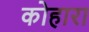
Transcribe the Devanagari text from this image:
कोहारा